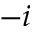
- i